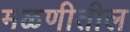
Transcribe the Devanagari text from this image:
मळणीतील